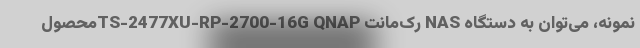
نمونه، می‌توان به دستگاه NAS رک‌مانت TS-2477XU-RP-2700-16G QNAPمحصول